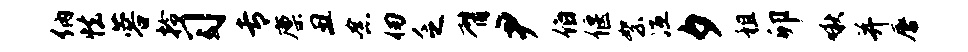
纳怯蓉拎习专廪丑念仞乏臂尹伯偃絮冱夕租卯啾并唇